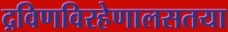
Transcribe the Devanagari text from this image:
द्रविणविरहेणालसतया